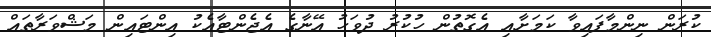
ކުރަން ނިންމާފައިވާ ކަމަށާއި އެގޮތުން ހުކުރު ދުވަހު އޭނާގެ އެޖެންޓާއެކު އިންޓައިން މަޝްވަރާތައް